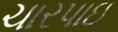
ચારપાઇ